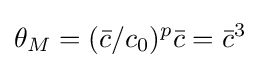
\theta _{M}=({\bar {c}}/c_{0})^{p}{\bar {c}}={\bar {c}}^{3}